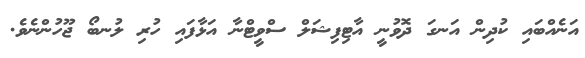
އަނެއްބައި ކުދިން އަނގަ ދޮވުނީ އާޓިފިޝަލް ސްވީޓްނާ އަޅާފައި ހުރި ލުނބޯ ޖޫހުންނެވެ.